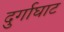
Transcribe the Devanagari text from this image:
दुर्गाघाट